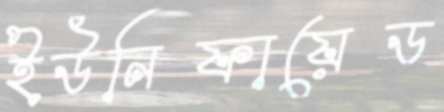
ইউনিফায়েড